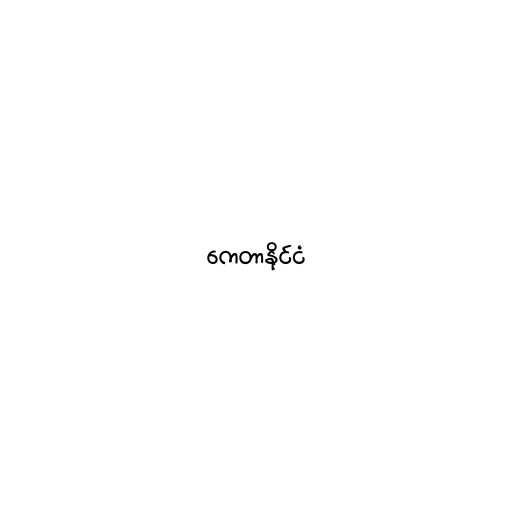
ကေတာနိုင်ငံ